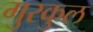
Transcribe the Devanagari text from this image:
गुरकुल